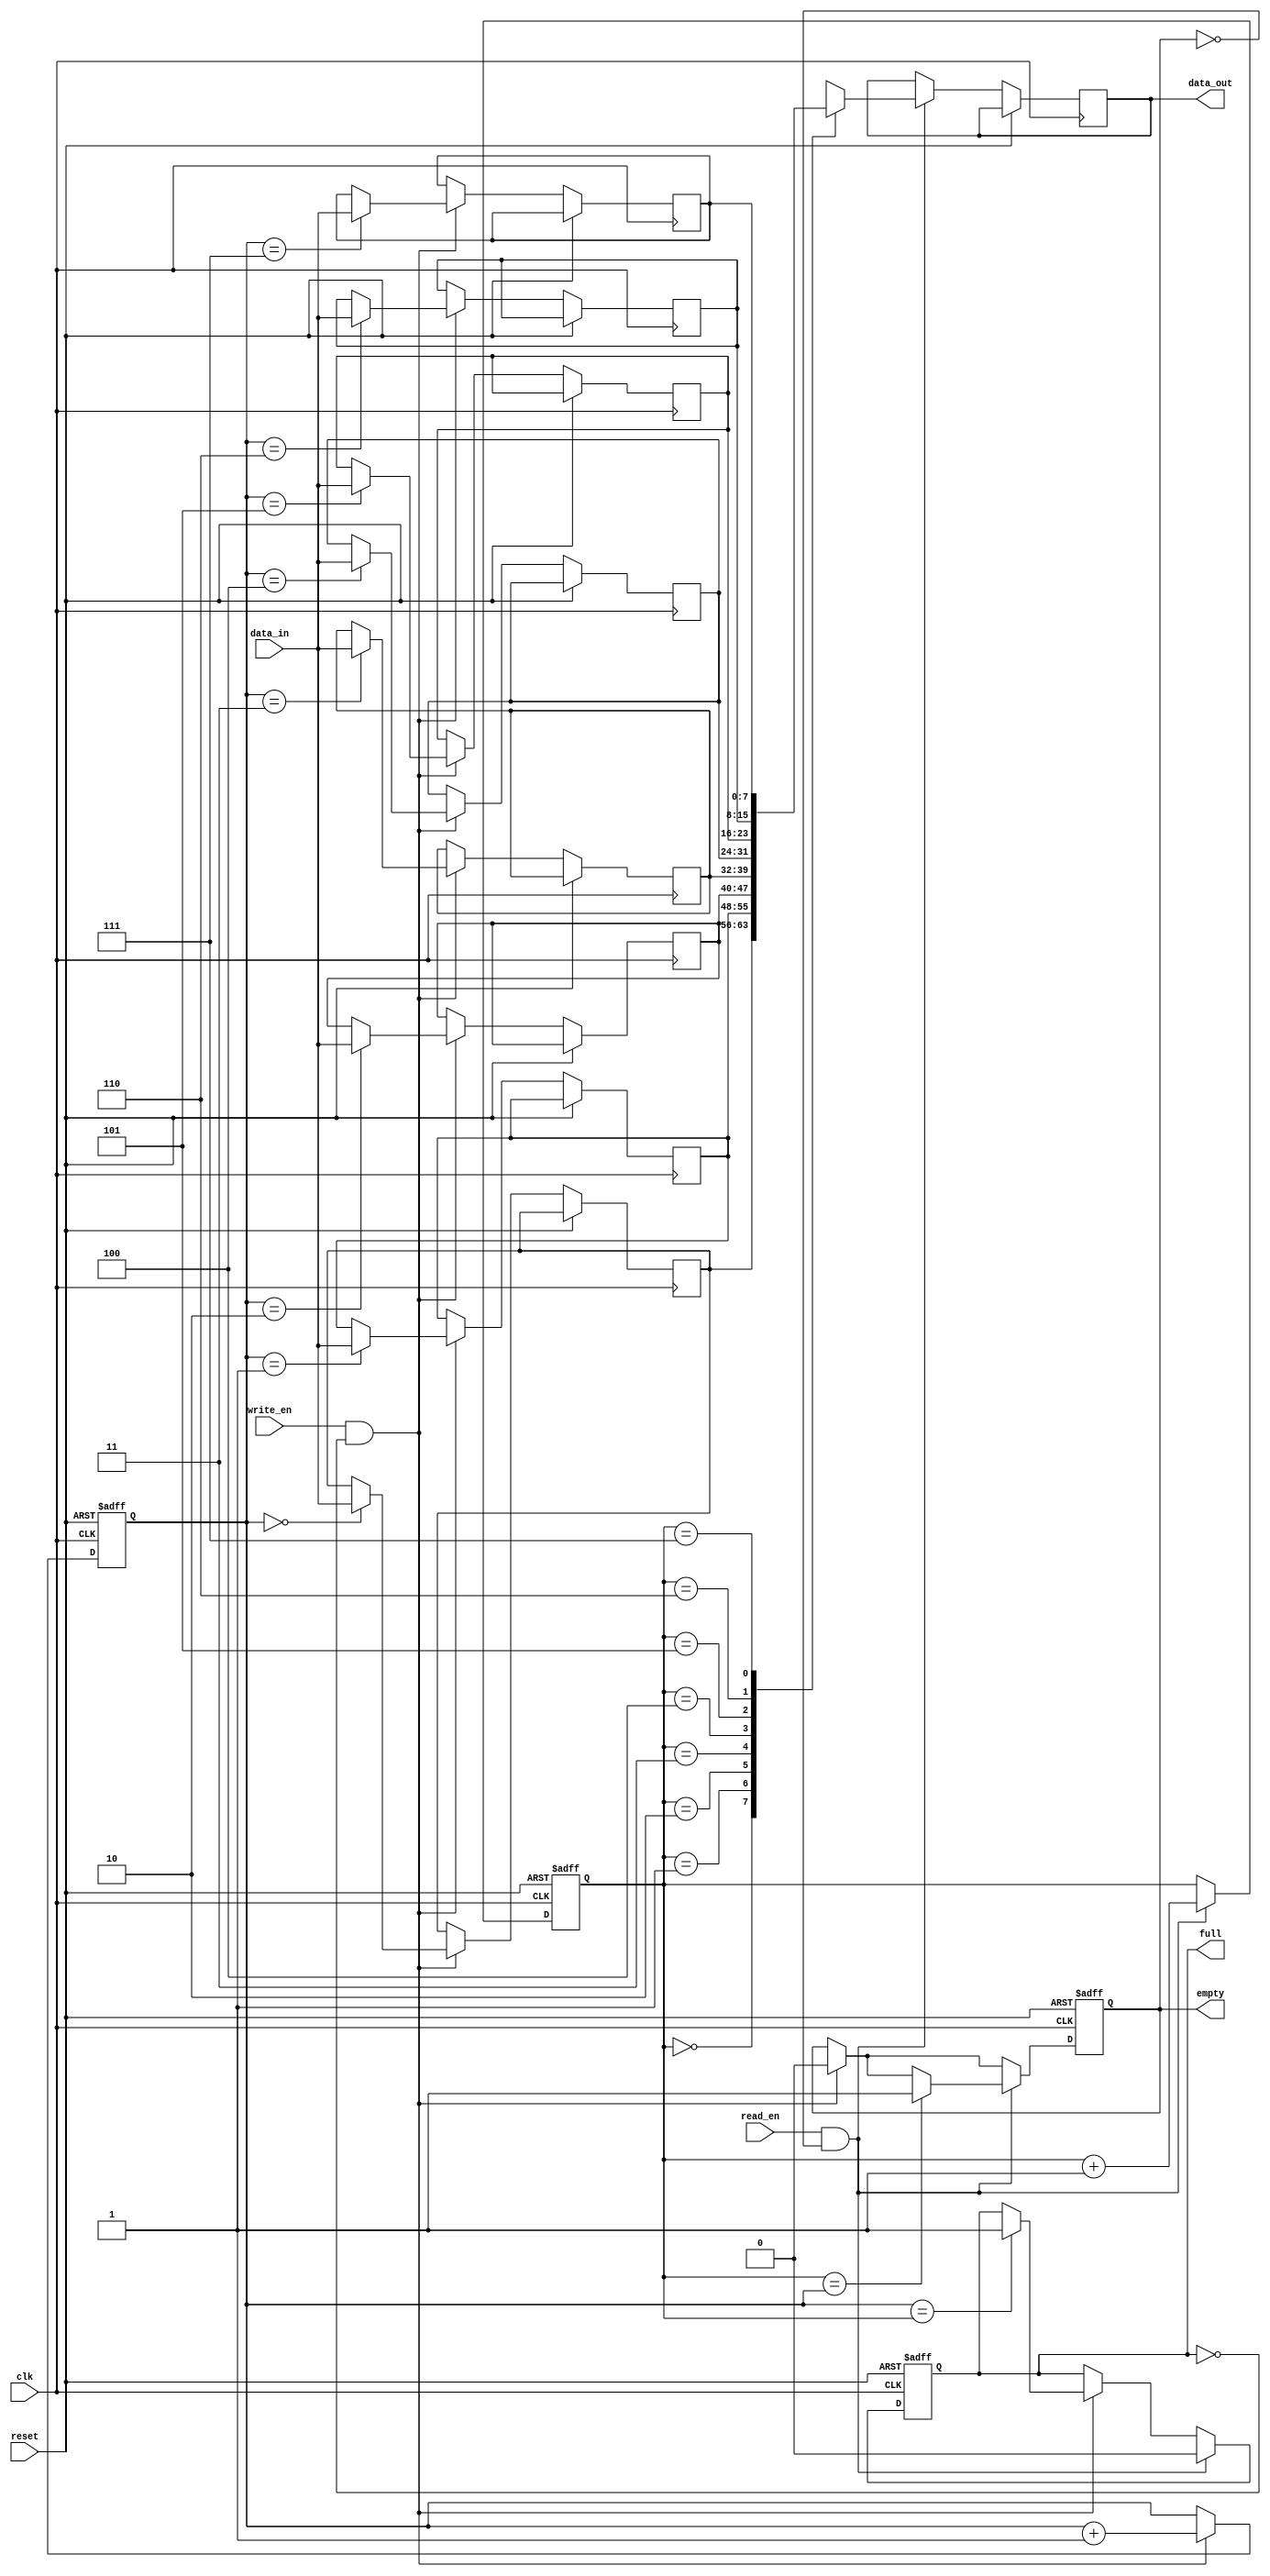
module Circular_FIFO (
    input wire clk,
    input wire reset,
    input wire write_en,
    input wire read_en,
    input wire [7:0] data_in,
    output reg [7:0] data_out,
    output reg full,
    output reg empty
);

parameter DEPTH = 8; // Depth of the circular buffer

reg [7:0] buffer [0:DEPTH-1];
reg [2:0] read_ptr = 3'd0;
reg [2:0] write_ptr = 3'd0;

always @ (posedge clk or posedge reset)
begin
    if (reset)
    begin
        read_ptr <= 3'd0;
        write_ptr <= 3'd0;
        full <= 0;
        empty <= 1;
    end
    else
    begin
        if (write_en && !full)
        begin
            buffer[write_ptr] <= data_in;
            write_ptr <= write_ptr + 1;
            if (write_ptr == DEPTH)
                write_ptr <= 3'd0;
            empty <= 0;
            if (write_ptr == read_ptr)
                full <= 1;
        end
        
        if (read_en && !empty)
        begin
            data_out <= buffer[read_ptr];
            read_ptr <= read_ptr + 1;
            if (read_ptr == DEPTH)
                read_ptr <= 3'd0;
            full <= 0;
            if (read_ptr == write_ptr)
                empty <= 1;
        end
    end
end

endmodule